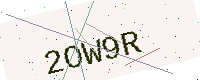
Text: 2OW9R